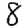
Digit: 8